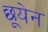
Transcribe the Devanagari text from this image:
छूयेन